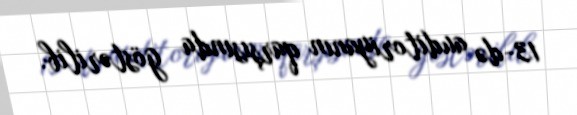
13-də auditoriyanın qarşısında göstərilib.